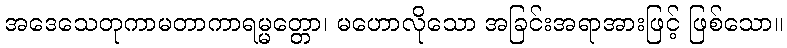
အဒေသေတုကာမတာကာရမ္မတ္တော၊ မဟောလိုသော အခြင်းအရာအားဖြင့် ဖြစ်သော။